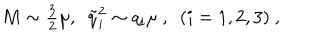
M \sim \textstyle { \frac { 3 } { 2 } } \mu , \ \ { \tilde { q } } _ { i } ^ { 2 } \sim q _ { i } \mu \ , \ \ ( i = 1 , 2 , 3 ) \ ,